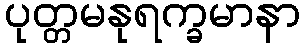
ပုတ္တမနုရက္ခမာနာ